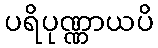
ပရိပုဏ္ဏာယပိ